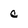
Character: c